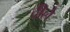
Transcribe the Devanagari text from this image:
दीले